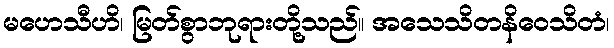
မဟေသီဟိ၊ မြတ်စွာဘုရားတို့သည်။ အသေသိတနိဝေသိတံ၊